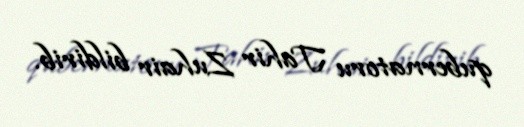
qubernatoru Tahir Zuhair bildirib.